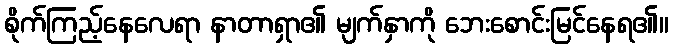
စိုက်ကြည့်နေလေရာ နာတာရှာ၏ မျက်နှာကို ဘေးစောင်းမြင်နေရ၏။